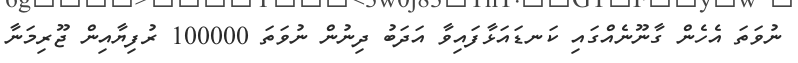
ނުވަތަ އެހެން ގާނޫނެއްގައި ކަނޑައަޅާފައިވާ އަދަބު ދިނުން ނުވަތަ 100000 ރުފިޔާއިން ޖޫރިމަނާ